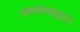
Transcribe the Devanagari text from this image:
सामोफाइटा